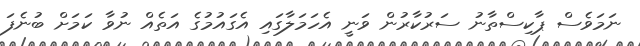
ނަމަވެސް ޕާކިސްތާނު ސަރުކާރުން ވަނީ އެހަމަލާގައި އެގައުމުގެ އަތެއް ނުވާ ކަމަށް ބުނެފަ